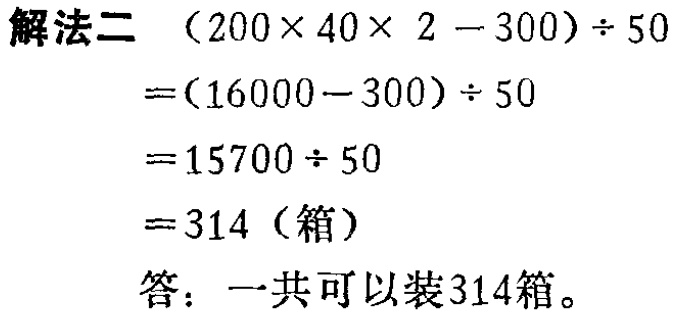
解法二 \((200\times40\times 2 - 300)\div 50\)
\(=(16000 - 300)\div 50\)
\(=15700\div 50\)
\(=15700\div 50\)
\(=314\)（箱）
答：一共可以装314箱。